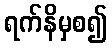
ရက်နိမှစ၍